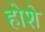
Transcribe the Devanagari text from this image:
होशे